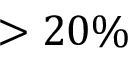
> 2 0 \%